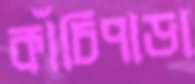
কাঁচিপাড়া